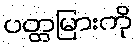
ပတ္တမြားကို